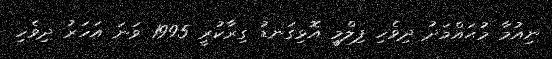
ނިއުމާ މުޙައްމަދު ދިވެހި ފިލްމީ އޮޅިގަނޑު ގިރާކުރީ 1995 ވަނަ އަހަރު ދިވެހި